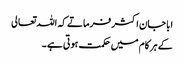
ابا جان اکثر فرماتے کہ اللہ تعالی
کے ہر کام میں حکمت ہوتی ہے ۔